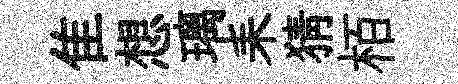
隹想璃耒猜栢